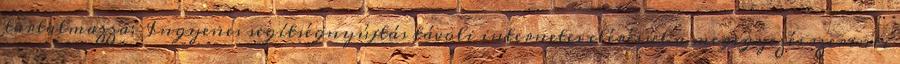
tartalmazza: Ingyenes segítségnyújtás távoli internetes eléréssel a megegyezés szerinti